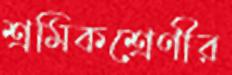
শ্রমিকশ্রেণীর